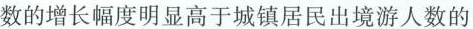
(3(1)2016~2018年，中国农村居民出境游人数的增长幅度明显高于城镇居民出境游人数的增长幅度，0”后和”80”后比较有条件走出国门石世界)中国民众出境游选择”生活体验慢慢慢”多是”90”后和”0材料三中，三幅图代表了中国民众出境游的三种主要类型。请结合材料二、三，预测在接下来的五年中，这三种类型中哪一种预测在中国民众出境游的主要趋势，并简述你的理(3分